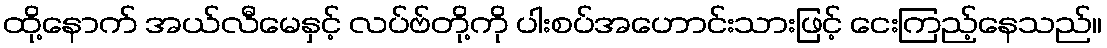
ထို့နောက် အယ်လီမေနှင့် လပ်ဗ်တို့ကို ပါးစပ်အဟောင်းသားဖြင့် ငေးကြည့်နေသည်။